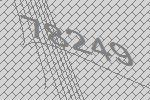
78249